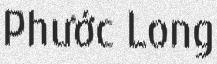
Phước Long